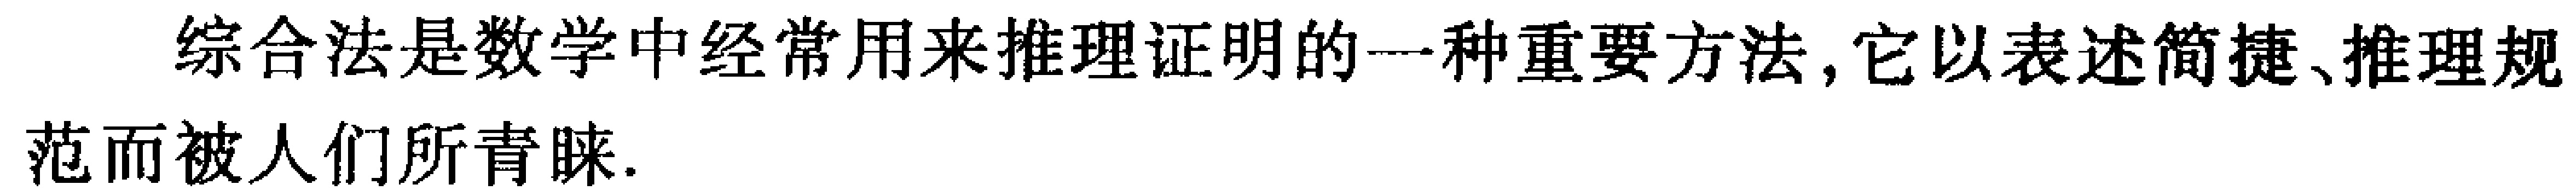
综合法是数学中经常用来推理证明的一种重要方法, 它以表述简捷、推理规

范而被人们所青睐.